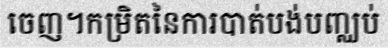
ចេញ។កម្រិតនៃការបាត់បង់បញ្ឈប់